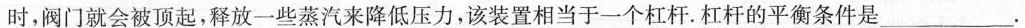
时，阀门就会被顶起，释放一些蒸汽来降低压力，该装置相当于一个杠杆。杠杆的平衡条件是___.